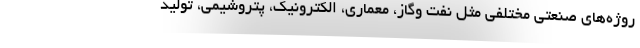
روژه‌های صنعتی مختلفی مثل نفت وگاز، معماری، الکترونیک، پتروشیمی، تولید